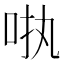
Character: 𪠺